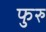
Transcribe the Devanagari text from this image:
फुरु